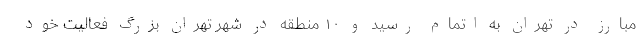
مبارز در تهران به اتمام رسید و ۱۰ منطقه در شهر تهران بزرگ فعالیت خود